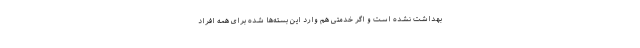
بهداشت نشده است و اگر خدمتی هم وارد این بسته‌ها شده برای همه افراد